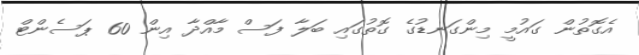
އެގޮތުން ގައުމީ މިންގަނޑުގެ ގޮތުގައި ބަލާ ފަސް މާއްދާ އިން 60 ޕަސެންޓް